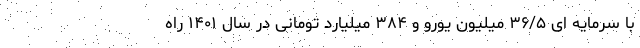
با سرمایه ای ۳۶/۵ میلیون یورو و ۳۸۴ میلیارد تومانی در سال ۱۴۰۱ راه